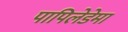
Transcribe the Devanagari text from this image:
पापिलेडेमा